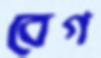
বেগ